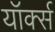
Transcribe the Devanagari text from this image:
यॉर्क्स